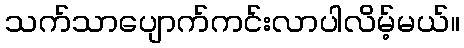
သက်သာပျောက်ကင်းလာပါလိမ့်မယ်။